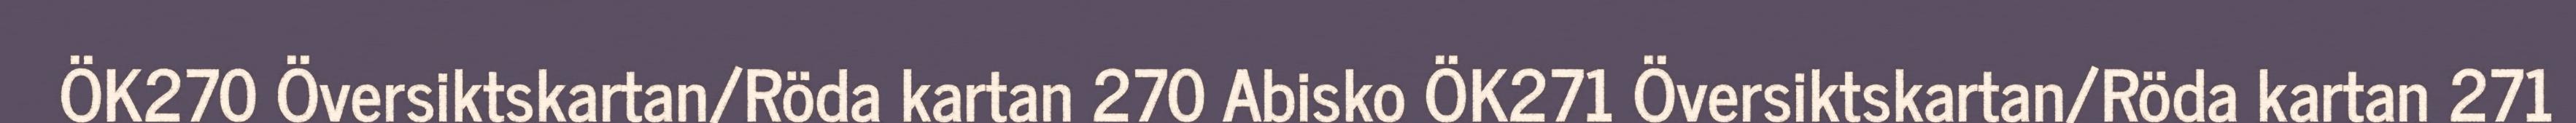
ÖK270 Översiktskartan/Röda kartan 270 Abisko ÖK271 Översiktskartan/Röda kartan 271